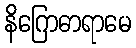
နိဂြောဓာရာမေ